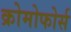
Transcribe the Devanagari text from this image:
क्रोमोफोर्स